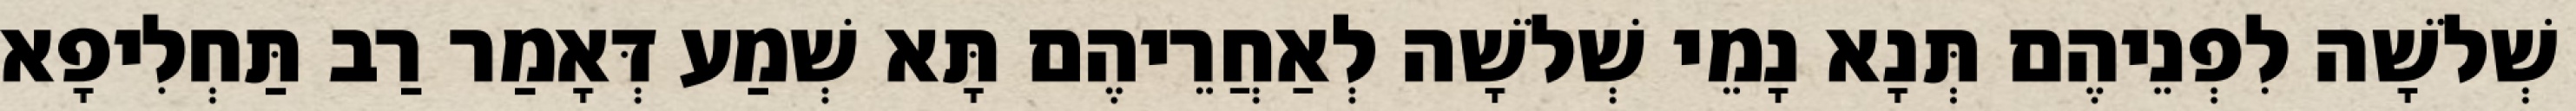
שְׁלֹשָׁה לִפְנֵיהֶם תְּנָא נָמֵי שְׁלֹשָׁה לְאַחֲרֵיהֶם תָּא שְׁמַע דְּאָמַר רַב תַּחְלִיפָא